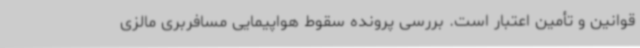
قوانین و تأمین اعتبار است. بررسی پرونده سقوط هواپیمایی مسافربری مالزی